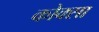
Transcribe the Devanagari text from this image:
कोक्सा